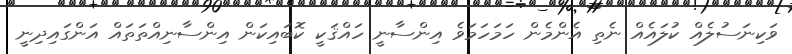
ވަކިނަސުލެއް ކުލައެއް ނެތި އެންމެން ހަމަހަމަވެ އިންސާނީ ހައްޤަކީ ކޮބައިކަން އިންސާނިއްތަތައް އަންގައިދިނީ